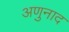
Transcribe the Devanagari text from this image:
अणुनाद